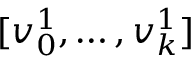
[ v _ { 0 } ^ { 1 } , \ldots , v _ { k } ^ { 1 } ]